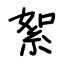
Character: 絮